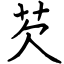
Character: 芡